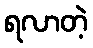
ရလာတဲ့